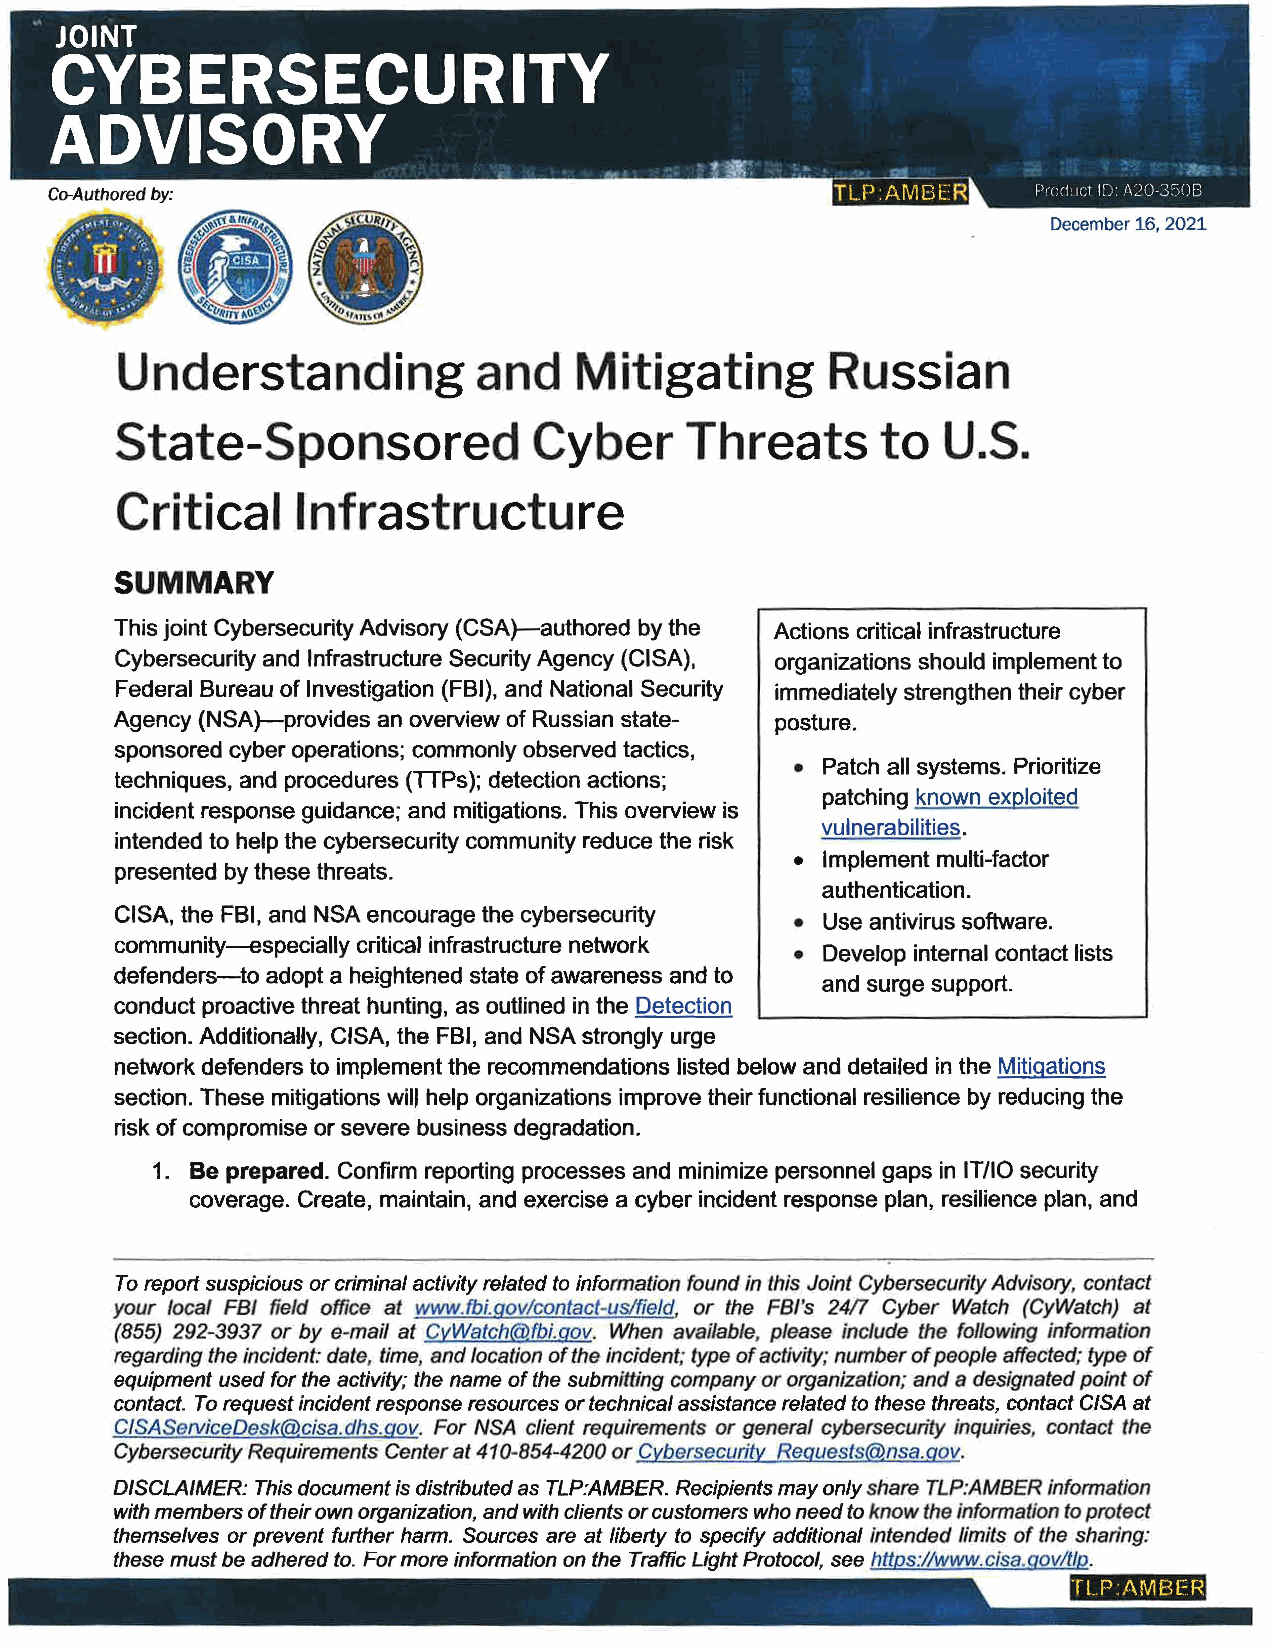
December 16, 2021
 Understanding           and    Mitigating      Russian
 State-Sponsored             Cyber     Threats      to  U.S.
 Critical    Infrastructure
 SUMMARY
 This joint Cybersecurity Advisory (CSA)-authored by the Actions critical infrastructure
 Cybersecurity and Infrastructure Security Agency (CISA), organizations should implement to
 Federal Bureau of Investigation (FBI), and National Security immediately strengthen their cyber
 Agency (NSA)-provides an overview of Russian state posture.
 sponsored cyber operations; commonly observed tactics,
 • Patch all systems. Prioritize
 techniques, and procedures (TIPs); detection actions;
 patching known exploited
 incident response guidance; and mitigations. This overview is
 vulnerabilities.
 intended to help the cybersecurity community reduce the risk
 • Implement multi-factor
 presented by these threats.
 authentication.
 CISA, the FBI, and NSA encourage the cybersecurity
 • Use antivirus software.
 community-especially critical infrastructure network
 • Develop internal contact lists
 defenders-to adopt a heightened state of awareness and to
 and surge support.
 conduct proactive threat hunting, as outlined in the Detection
 section. Additionally, CISA, the FBI, and NSA strongly urge
 network defenders to implement the recommendations listed below and detailed in the Mitigations
 section. These mitigations will help organizations improve their functional resilience by reducing the
 risk of compromise or severe business degradation.
 1. Be prepared. Confirm reporting processes and minimize personnel gaps in IT/10 security
 coverage. Create, maintain, and exercise a cyber incident response plan, resilience plan, and
 To report suspicious or criminal activity related to information found in this Joint Cybersecurity Advisory, contact
 your local FBI field office at www.fbi.gov/contact-us/field, or the FBl's 2417 Cyber Watch (CyWatch) at
 (855) 292-3937 or by e-mail at CvWatch@fbi.gov. When available, please include the following information
 regarding the incident: date, time, and location of the incident; type of activity; number of people affected; type of
 equipment used for the activity; the name of the submitting company or organization; and a designated point of
 contact. To request incident response resources or technical assistance related to these threats, contact CISA at
 CISAServiceDesk@cisa.dhs.gov. For NSA client requirements or general cybersecurity inquiries, contact the
 Cybersecurny Requirements Center at 410-854-4200 or Cybersecuritv Requests@nsa.gov.
 DISCLAIMER: This document is distributed as TLP:AMBER. Recipients may only share TLP:AMBER information
 with members of their own organization, and with clients or customers who need to know the information to protect
 themselves or prevent further harm. Sources are at liberty to specify additional intended limits of the sharing:
 these must be adhered to. For more information on the Traffic Light Protocol, see https:/lwww.cisa.gov/lfp.
 TLP.AMBER